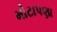
મોટાપણા